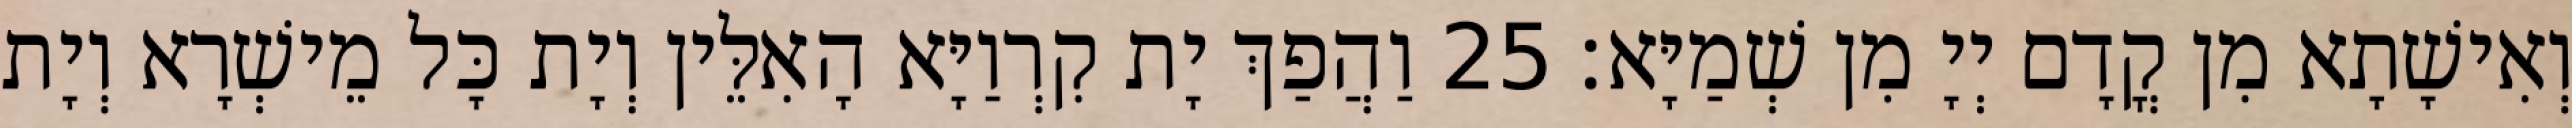
וְאִישָׁתָא מִן קֳדָם יְיָ מִן שְׁמַיָּא׃ 25 וַהֲפַךְ יָת קִרְוַיָּא הָאִלֵּין וְיָת כָּל מֵישְׁרָא וְיָת